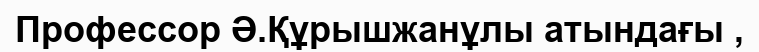
Профессор Ә.Құрышжанұлы атындағы ,